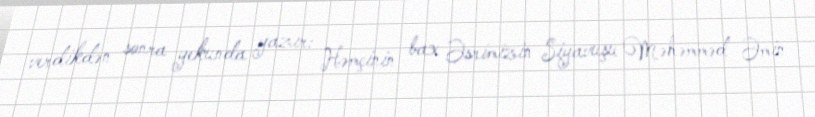
verdikdən sonra yekunda yazır: Həmçinin bax Əsrimizin Siyavuşu Məhəmməd Əmin